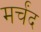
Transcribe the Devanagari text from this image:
मर्चंद